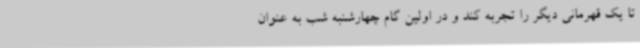
تا یک قهرمانی دیگر را تجربه کند و در اولین گام چهارشنبه شب به عنوان